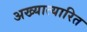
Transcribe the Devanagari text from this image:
अख्यात्यारित